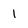
Character: 1